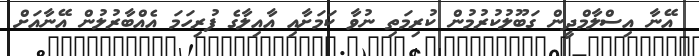
އޭނާ އިސްލާމްދީން ގަބޫލުކުރުމުން ކުރިމަތި ނުވާ ކަމަށާއި އާއިލާގެ ފުރިހަމަ އެއްބާރުލުން އޭނާއަށް